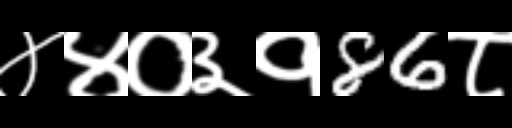
Text: ४४०३१86८